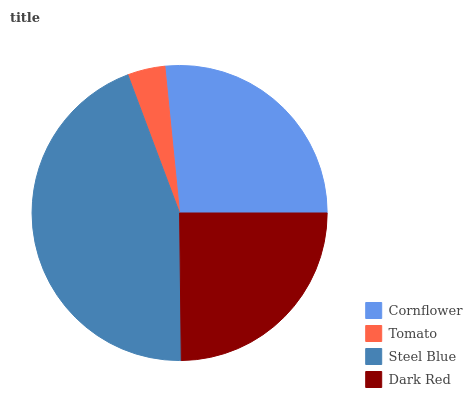
| Cornflower | Tomato | Steel Blue | Dark Red |
 | --- | --- | --- | --- |
 | 26.6% | 4.1% | 44.5% | 24.8% |